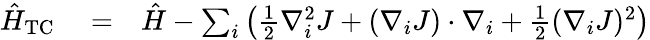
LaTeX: \begin{array}{rlr}{\hat{H}_{\mathrm{TC}}}&{{}=}&{\hat{H}-\sum_{i}\left(\frac{1}{2}\nabla_{i}^{2}J+(\nabla_{i}J)\cdot\nabla_{i}+\frac{1}{2}(\nabla_{i}J)^{2}\right)}\end{array}